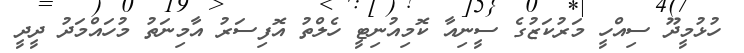
ހުޅުމީދޫ ސިއްހީ މަރުކަޒުގެ ސީނިއާ ކޮމިއުނިޓީ ހެލްތު އޮފިސަރު އާމިނަތު މުހައްމަދު ދީދީ